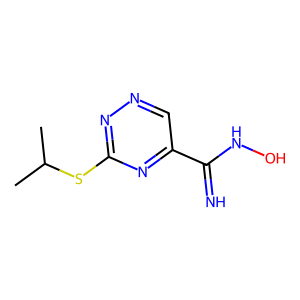
SMILES: CC(C)Sc1nncc(C(=N)NO)n1
Inhibits HIV replication: No